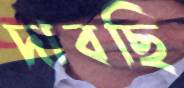
দাবছি